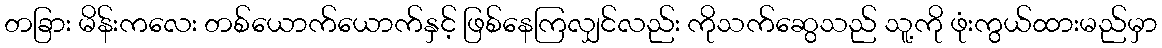
တခြား မိန်းကလေး တစ်ယောက်ယောက်နှင့် ဖြစ်နေကြလျှင်လည်း ကိုသက်ဆွေသည် သူ့ကို ဖုံးကွယ်ထားမည်မှာ